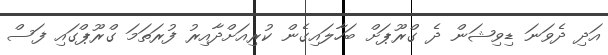
އަދި ދެވަނަ ޑިވިޝަން ދެ ގްރޫޕަށް ބަހާލައިގެން ކުރިއަށްދާއިރު ފުރަތަމަ ގްރޫޕްގައި ފަސް